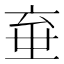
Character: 𱎘